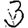
Digit: 3